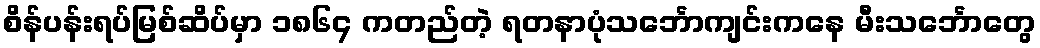
စိန်ပန်းရပ်မြစ်ဆိပ်မှာ ၁၈၆၄ ကတည်တဲ့ ရတနာပုံသင်္ဘောကျင်းကနေ မီးသင်္ဘောတွေ